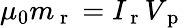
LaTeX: \mu_{0}m_{\mathrm{~r~}}=I_{\mathrm{~r~}}V_{\mathrm{~p~}}